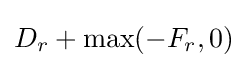
D_{r}+\max(-F_{r},0)